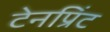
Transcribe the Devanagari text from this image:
टेनप्रिंट